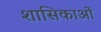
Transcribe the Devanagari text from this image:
शासिकाओं